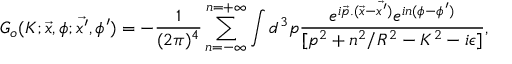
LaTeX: G _ { o } ( K ; \vec { x } , \phi ; \vec { x ^ { \prime } } , \phi ^ { \prime } ) = - \frac { 1 } { ( 2 \pi ) ^ { 4 } } \sum _ { n = - \infty } ^ { n = + \infty } \int d ^ { 3 } p \frac { e ^ { i \vec { p } . ( \vec { x } - \vec { x ^ { \prime } } ) } e ^ { i n ( \phi - \phi ^ { \prime } ) } } { [ p ^ { 2 } + n ^ { 2 } / R ^ { 2 } - K ^ { 2 } - i \epsilon ] } ,